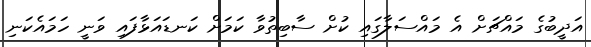
އަދީބުގެ މައްޗަށް އެ މައްސަލާގައި ކުށް ސާބިތުވާ ކަމަށް ކަނޑައަޅާފައި ވަނީ ހަމައެކަނި